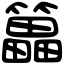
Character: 䉪